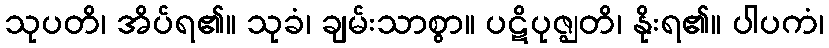
သုပတိ၊ အိပ်ရ၏။ သုခံ၊ ချမ်းသာစွာ။ ပဋိပုဇ္ဈတိ၊ နိုးရ၏။ ပါပကံ၊